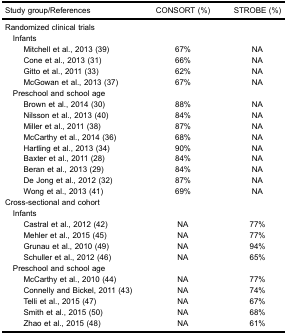
| Study group/References | CONSORT (%) | STROBE (%) |
 | --- | --- | --- |
 | <COLSPAN=3> Randomized clinical trials |
 | <COLSPAN=3> Infants |
 | Mitchell et al., 2013 (39) | 67% | NA |
 | Cone et al., 2013 (31) | 66% | NA |
 | Gitto et al., 2011 (33) | 62% | NA |
 | McGowan et al., 2013 (37) | 67% | NA |
 | <COLSPAN=3> Preschool and school age |
 | Brown et al., 2014 (30) | 88% | NA |
 | Nilsson et al., 2013 (40) | 84% | NA |
 | Miller et al., 2011 (38) | 87% | NA |
 | McCarthy et al., 2014 (36) | 68% | NA |
 | Hartling et al., 2013 (34) | 90% | NA |
 | Baxter et al., 2011 (28) | 84% | NA |
 | Beran et al., 2013 (29) | 84% | NA |
 | De Jong et al., 2012 (32) | 87% | NA |
 | Wong et al., 2013 (41) | 69% | NA |
 | <COLSPAN=3> Cross-sectional and cohort |
 | <COLSPAN=3> Infants |
 | Castral et al., 2012 (42) | NA | 77% |
 | Mehler et al., 2015 (45) | NA | 77% |
 | Grunau et al., 2010 (49) | NA | 94% |
 | Schuller et al., 2012 (46) | NA | 65% |
 | <COLSPAN=3> Preschool and school age |
 | McCarthy et al., 2010 (44) | NA | 77% |
 | Connelly and Bickel, 2011 (43) | NA | 74% |
 | Telli et al., 2015 (47) | NA | 67% |
 | Smith et al., 2015 (50) | NA | 68% |
 | Zhao et al., 2015 (48) | NA | 61% |